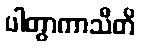
ပါတွာကာသီတိ